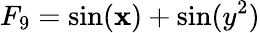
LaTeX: F_{9}=\sin(\mathbf{x})+\sin(y^{2})